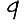
Digit: 9